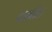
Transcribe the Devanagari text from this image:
दाखील